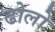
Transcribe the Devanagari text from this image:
ढोलो